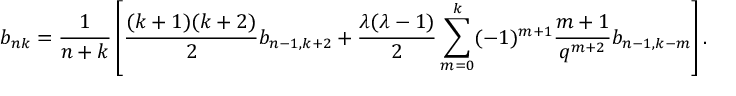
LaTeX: b _ { n k } = \frac { 1 } { n + k } \left[ \frac { ( k + 1 ) ( k + 2 ) } { 2 } b _ { n - 1 , k + 2 } + \frac { \lambda ( \lambda - 1 ) } { 2 } \sum _ { m = 0 } ^ { k } ( - 1 ) ^ { m + 1 } \frac { m + 1 } { q ^ { m + 2 } } b _ { n - 1 , k - m } \right] .